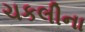
ચકલીના